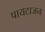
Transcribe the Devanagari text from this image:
पायटाजन